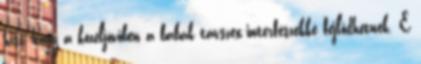
hisz, hogy a közeljövőben a babák távszex-interfészekké fejlődhetnek. E